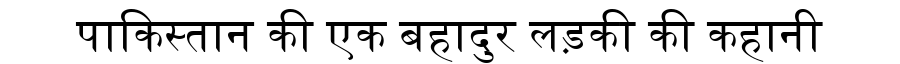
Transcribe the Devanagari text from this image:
पाकिस्तान की एक बहादुर लड़की की कहानी